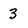
Character: 3